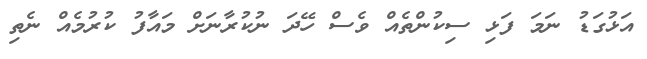
އަޅުގަޑު ނަމަ ފަޅި ސިކުންތެއް ވެސް ހޭދަ ނުކުރާނަށް މައާފު ކުރުމެއް ނެތި